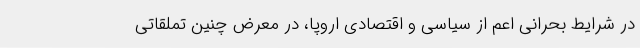
در شرایط بحرانی اعم از سیاسی و اقتصادی اروپا، در معرض چنین تملقاتی